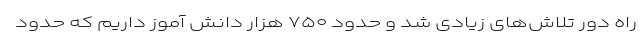
راه دور تلاش‌های زیادی شد و حدود ۷۵۰ هزار دانش آموز داریم که حدود